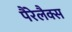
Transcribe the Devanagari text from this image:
पैरेलैक्स